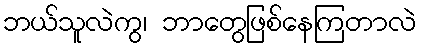
ဘယ်သူလဲကွ၊ ဘာတွေဖြစ်နေကြတာလဲ